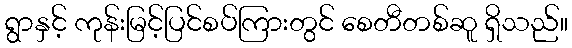
ရွာနှင့် ကုန်းမြင့်ပြင်စပ်ကြားတွင် စေတီတစ်ဆူ ရှိသည်။